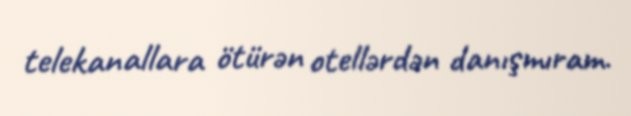
telekanallara ötürən otellərdən danışmıram.